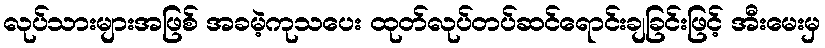
လုပ်သားများအဖြစ် အခမဲ့ကုသပေး ထုတ်လုပ်တပ်ဆင်ရောင်းချခြင်းဖြင့် အီးမေးမှ